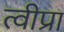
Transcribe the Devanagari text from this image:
त्वीप्रा